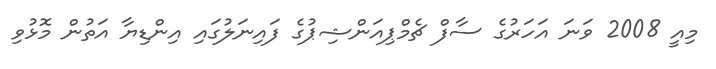
މިއީ 2008 ވަނަ އަހަރުގެ ސާފް ޗެމްޕިއަންޝިޕުގެ ފައިނަލުގައި އިންޑިޔާ އަތުން މޮޅުވި